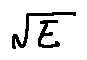
\sqrt { E }